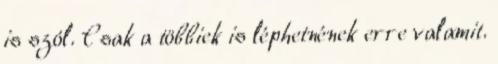
is szól. Csak a többiek is léphetnének erre valamit.